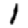
Digit: 1